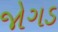
જોગડ